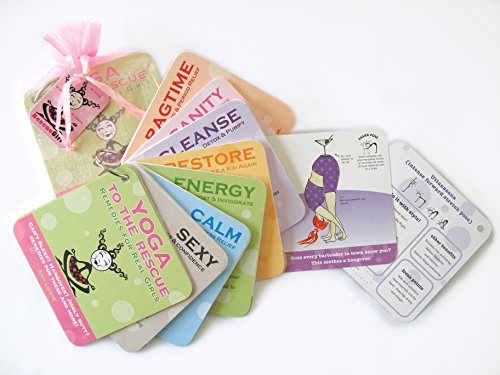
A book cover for Yoga to the Rescue: Remedies for Real Girls (61 Card Deck); Amy Luwis; Health, Fitness & Dieting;